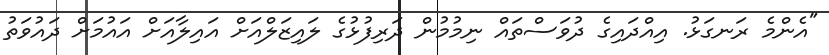
"އެންމެ ރަނގަޅު. އިއްދައިގެ ދުވަސްތައް ނިމުމުން ދަރިފުޅުގެ ލައިޒަލްއަށް އައިލާއަށް އައުމަށް ދައުވަތު